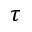
\tau